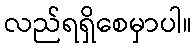
လည်ရရှိစေမှာပါ။